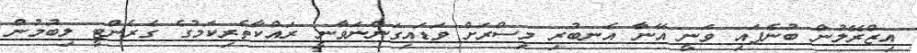
އިޒްރޭލުން ބުނެފައި ވަނީ އޭނާ އެނބުރި މިސްރަށް ވަޑައިގަންނަވާނީ ރައްކާތެރިކަމުގެ ގެރެންޓީ ލިބުމުން